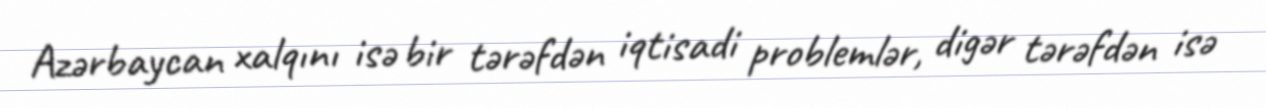
Azərbaycan xalqını isə bir tərəfdən iqtisadi problemlər, digər tərəfdən isə